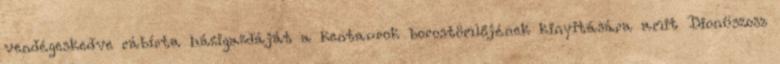
vendégeskedve rábírta házigazdáját a kentaurok borostömlőjének kinyitására amit Dionüszosz